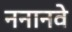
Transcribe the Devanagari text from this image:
ननानवे